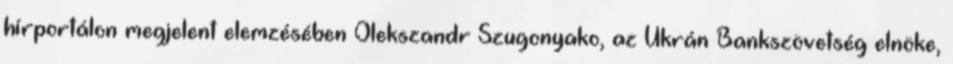
hírportálon megjelent elemzésében Olekszandr Szugonyako, az Ukrán Bankszövetség elnöke,